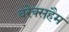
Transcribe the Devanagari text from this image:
वरेक्सहैम